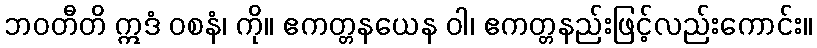
ဘဝတီတိ ဣဒံ ဝစနံ၊ ကို။ ဧကတ္တနယေန ဝါ၊ ဧကတ္တနည်းဖြင့်လည်းကောင်း။